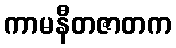
ကာမနီတဇာတက